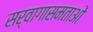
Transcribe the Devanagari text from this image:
सर्वागासमताओं